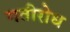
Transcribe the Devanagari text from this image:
गतीरोध